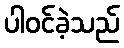
ပါဝင်ခဲ့သည်